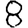
Digit: 8